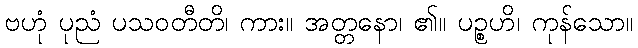
ဗဟုံ ပုညံ ပသဝတီတိ၊ ကား။ အတ္တနော၊ ၏။ ပဉ္စဟိ၊ ကုန်သော။